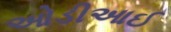
ઓડીઆઈ